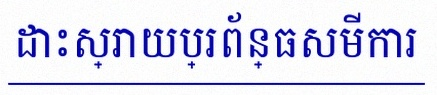
ដោះស្រាយប្រព័ន្ធសមីការ